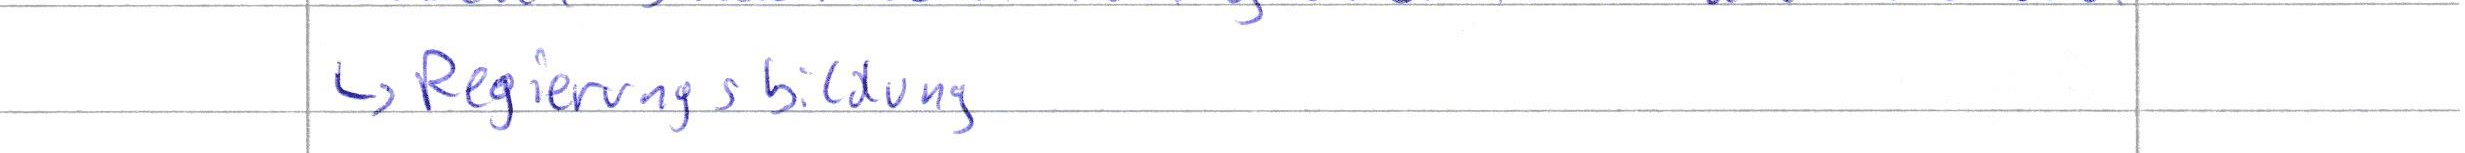
-> Regierungsbildung